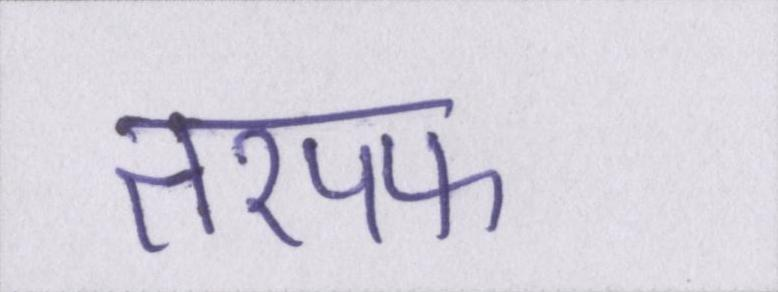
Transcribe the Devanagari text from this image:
तरपफ